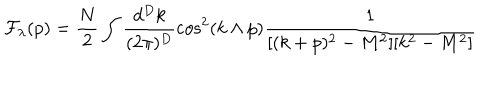
{ \cal F } _ { \lambda } ( p ) = \frac { N } { 2 } \int \frac { d ^ { D } k } { ( 2 \pi ) ^ { D } } \cos ^ { 2 } ( k \wedge p ) \frac { 1 } { [ ( k + p ) ^ { 2 } - M ^ { 2 } ] [ k ^ { 2 } - M ^ { 2 } ] }